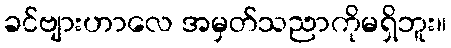
ခင်ဗျားဟာလေ အမှတ်သညာကိုမရှိဘူး။